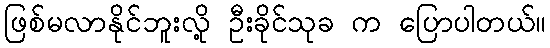
ဖြစ်မလာနိုင်ဘူးလို့ ဦးခိုင်သုခ က ပြောပါတယ်။